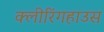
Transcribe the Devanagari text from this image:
क्लीरिंगहाउस